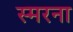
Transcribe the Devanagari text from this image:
स्मरना